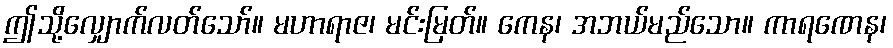
ဤသို့လျှောက်လတ်သော်။ မဟာရာဇ၊ မင်းမြတ်။ ကေန၊ အဘယ်မည်သော။ ကာရဏေန၊